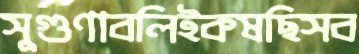
সুগুণাবলিইকষছিসব